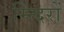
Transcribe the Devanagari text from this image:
म्न्दिरों